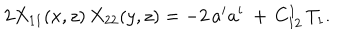
LaTeX: 2 X _ { 1 1 } ( x , z ) \, X _ { 2 2 } ( y , z ) = - 2 \, a ^ { i } a ^ { i } \ + \, C _ { 1 2 } ^ { 1 } \, T _ { 1 } .